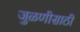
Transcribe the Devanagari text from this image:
जुळणीसाठी